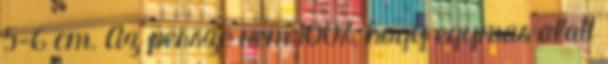
5-6 cm. Az persze nem 100%, hogy egymas alatt